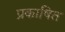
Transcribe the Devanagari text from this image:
प्रकाषित